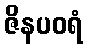
ဇိနပဝရံ